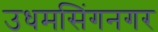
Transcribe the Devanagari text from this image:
उधमसिंगनगर